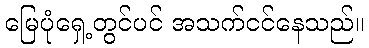
မြေပုံရှေ့တွင်ပင် အသက်ငင်နေသည်။